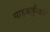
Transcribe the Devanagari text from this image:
साहबकुँवरि